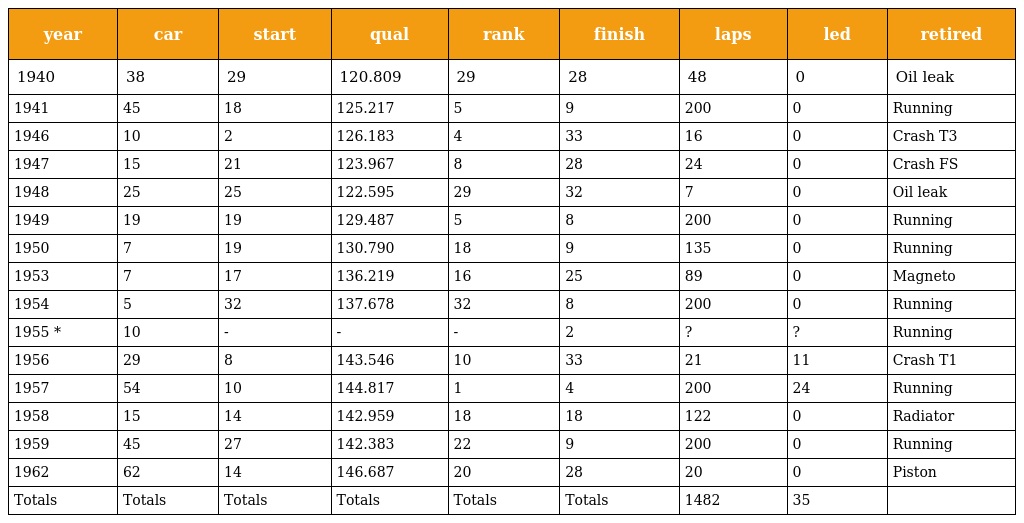
| year | car | start | qual | rank | finish | laps | led | retired |
 | --- | --- | --- | --- | --- | --- | --- | --- | --- |
 | 1940 | 38 | 29 | 120.809 | 29 | 28 | 48 | 0 | Oil leak |
 | 1941 | 45 | 18 | 125.217 | 5 | 9 | 200 | 0 | Running |
 | 1946 | 10 | 2 | 126.183 | 4 | 33 | 16 | 0 | Crash T3 |
 | 1947 | 15 | 21 | 123.967 | 8 | 28 | 24 | 0 | Crash FS |
 | 1948 | 25 | 25 | 122.595 | 29 | 32 | 7 | 0 | Oil leak |
 | 1949 | 19 | 19 | 129.487 | 5 | 8 | 200 | 0 | Running |
 | 1950 | 7 | 19 | 130.790 | 18 | 9 | 135 | 0 | Running |
 | 1953 | 7 | 17 | 136.219 | 16 | 25 | 89 | 0 | Magneto |
 | 1954 | 5 | 32 | 137.678 | 32 | 8 | 200 | 0 | Running |
 | 1955 * | 10 | - | - | - | 2 | ? | ? | Running |
 | 1956 | 29 | 8 | 143.546 | 10 | 33 | 21 | 11 | Crash T1 |
 | 1957 | 54 | 10 | 144.817 | 1 | 4 | 200 | 24 | Running |
 | 1958 | 15 | 14 | 142.959 | 18 | 18 | 122 | 0 | Radiator |
 | 1959 | 45 | 27 | 142.383 | 22 | 9 | 200 | 0 | Running |
 | 1962 | 62 | 14 | 146.687 | 20 | 28 | 20 | 0 | Piston |
 | Totals | Totals | Totals | Totals | Totals | Totals | 1482 | 35 |  |